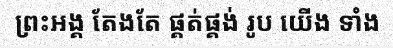
ព្រះអង្គ តែងតែ ផ្គត់ផ្គង់ រូប យើង ទាំង